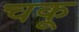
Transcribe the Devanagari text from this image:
चकू